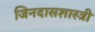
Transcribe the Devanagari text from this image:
जिनदासशास्त्री